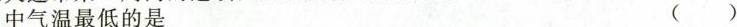
中气温最低的是()